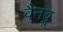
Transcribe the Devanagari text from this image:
वैनब्रू